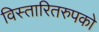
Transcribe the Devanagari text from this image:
विस्तारितरुपको